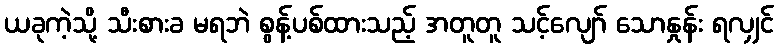
ယခုကဲ့သို့ သီးစားခ မရဘဲ စွန့်ပစ်ထားသည့် အတူတူ သင့်လျော် သောနှုန်း ရလျှင်